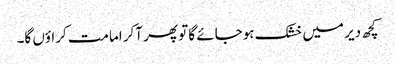
کچھ دیر میں خشک ہوجائے گا تو پھر آکر امامت کراؤں گا۔